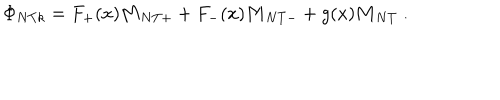
\Phi _ { N T k } = F _ { + } ( x ) { \bf M } _ { N T + } + F _ { - } ( x ) { \bf M } _ { N T - } + g ( x ) { \bf M } _ { N T } \ .